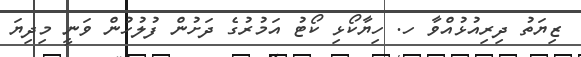
ޒިޔަތު ދިރިއުޅުއްވާ ހ. ހިޔާކޯޅި ކޯޓު އަމުރުގެ ދަށުން ފުލުހުން ވަނީ މިދިޔަ